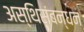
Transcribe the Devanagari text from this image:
अस्थिसंबन्धन